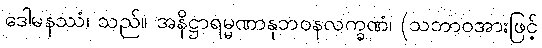
ဒေါမနဿံ၊ သည်။ အနိဋ္ဌာရမ္မဏာနုဘဝနလက္ခဏံ၊ (သဘာဝအားဖြင့်